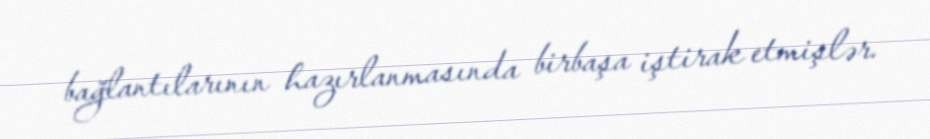
bağlantılarının hazırlanmasında birbaşa iştirak etmişlər.